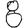
Digit: 8